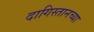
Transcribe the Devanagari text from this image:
दागिस्तानच्या